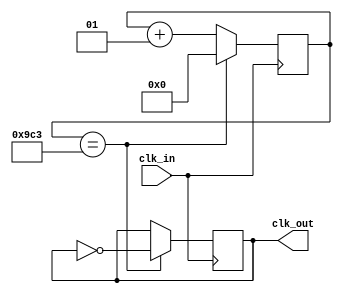
`timescale 1ns / 1ps
//////////////////////////////////////////////////////////////////////////////////
// Company: 
// Engineer: 
// 
// Design Name: 
// Module Name:    clk_divider_counter 
// Project Name: 
// Target Devices: 
// Tool versions: 
// Description: 
//
// Dependencies: 
//
// Revision: 
// Revision 0.01 - File Created
// Additional Comments: 
//
//////////////////////////////////////////////////////////////////////////////////
module clk_divider_counter(
    input clk_in,
	 output reg clk_out=0
	 );
localparam div_value=2499;

integer count=0;

always@(posedge clk_in)
begin
	if(count==div_value)
		count <= 0;
	else
		count <= count +1;
end

always@(posedge clk_in)
begin
	if(count==div_value)
		clk_out <= ~clk_out;
	else
		clk_out <= clk_out;
end

endmodule